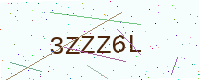
Text: 3ZZZ6L